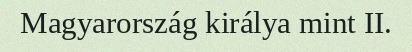
Magyarország királya mint II.